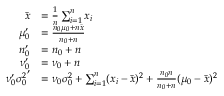
{ \begin{array} { r l } { { \bar { x } } } & { = { \frac { 1 } { n } } \sum _ { i = 1 } ^ { n } x _ { i } } \\ { \mu _ { 0 } ^ { \prime } } & { = { \frac { n _ { 0 } \mu _ { 0 } + n { \bar { x } } } { n _ { 0 } + n } } } \\ { n _ { 0 } ^ { \prime } } & { = n _ { 0 } + n } \\ { \nu _ { 0 } ^ { \prime } } & { = \nu _ { 0 } + n } \\ { \nu _ { 0 } ^ { \prime } { \sigma _ { 0 } ^ { 2 } } ^ { \prime } } & { = \nu _ { 0 } \sigma _ { 0 } ^ { 2 } + \sum _ { i = 1 } ^ { n } ( x _ { i } - { \bar { x } } ) ^ { 2 } + { \frac { n _ { 0 } n } { n _ { 0 } + n } } ( \mu _ { 0 } - { \bar { x } } ) ^ { 2 } } \end{array} }